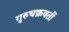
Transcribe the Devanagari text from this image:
गुरुचक्रवर्ती